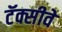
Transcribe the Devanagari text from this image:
टॅक्सीवे